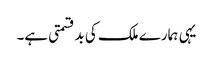
یہی ہمارے ملک کی بدقسمتی ہے۔